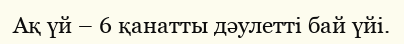
Ақ үй – 6 қанатты дәулетті бай үйі.